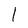
Character: 1